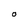
Character: O